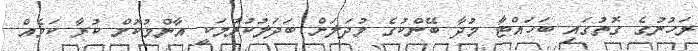
ރަހުނުގެ ގޮތުގައި ބަހައްޓާ މުދާ ބޭންކުގެ މުދަލަށް ބަދަލުކުރުމަކީ އާންމުކޮށް ކުރާ ކަމެއް